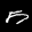
Label: 5